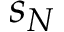
s _ { N }